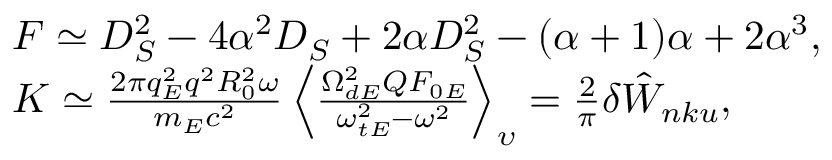
\begin{array} { r l } & { F \simeq D _ { S } ^ { 2 } - 4 \alpha ^ { 2 } D _ { S } + 2 \alpha D _ { S } ^ { 2 } - ( \alpha + 1 ) \alpha + 2 \alpha ^ { 3 } , } \\ & { K \simeq \frac { 2 \pi q _ { E } ^ { 2 } q ^ { 2 } R _ { 0 } ^ { 2 } \omega } { m _ { E } c ^ { 2 } } \left\langle \frac { \Omega _ { d E } ^ { 2 } Q F _ { 0 E } } { \omega _ { t E } ^ { 2 } - \omega ^ { 2 } } \right\rangle _ { \upsilon } = \frac { 2 } { \pi } \delta { \hat { W } } _ { n k u } , } \end{array}